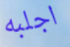
اجلبه